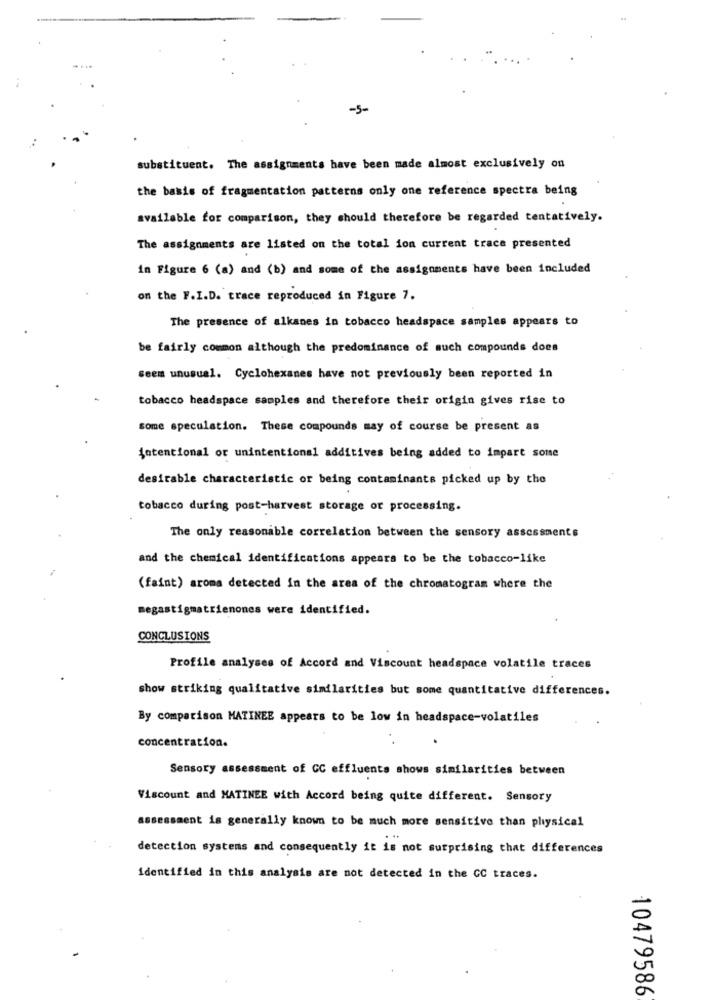
-5-
substituent. The assignments have been made almost exclusively on
the basis of fragmentation patterns only one reference spectra being
available for comparison, they should therefore be regarded tentatively.
The assignments are listed on the total ion current trace presented
in Figure 6 (a) and (b) and some of the assignments have been included
on the F.I.D. trace reproduced in Figure 7.
The presence of alkanes in tobacco headspace samples appears to
be fairly common although the predominance of such compounds does
Seem unusual. Cyclohexanes have not previously been reported in
tobacco headspace samples and therefore their origin gives rise to
some speculation. These compounds may of course be present as
Intentional or unintentional additives being added to impart some
desirable characteristic or being contaminants picked up by the
tobacco during post-harvest storage or processing.
The only reasonable correlation between the sensory assessments
and the chemical identifications appears to be the tobacco-like
(faint) aroma detected in the area of the chromatogram where the
megastigmatrienones were identified.
CONCLUSIONS
Profile analyses of Accord and Viscount headspace volatile traces
show striking qualitative similarities but some quantitative differences.
By comparison MATINEE appears to be low in headspace-volatiles
concentration.
Sensory assessment of CC effluents shows similarities between
Viscount and MATINEE with Accord being quite different. Sensory
assessment is generally known to be much more sensitive than physical
. ..
detection systems and consequently it is not surprising that differences
identified in this analysis are not detected in the CC traces.
10479586